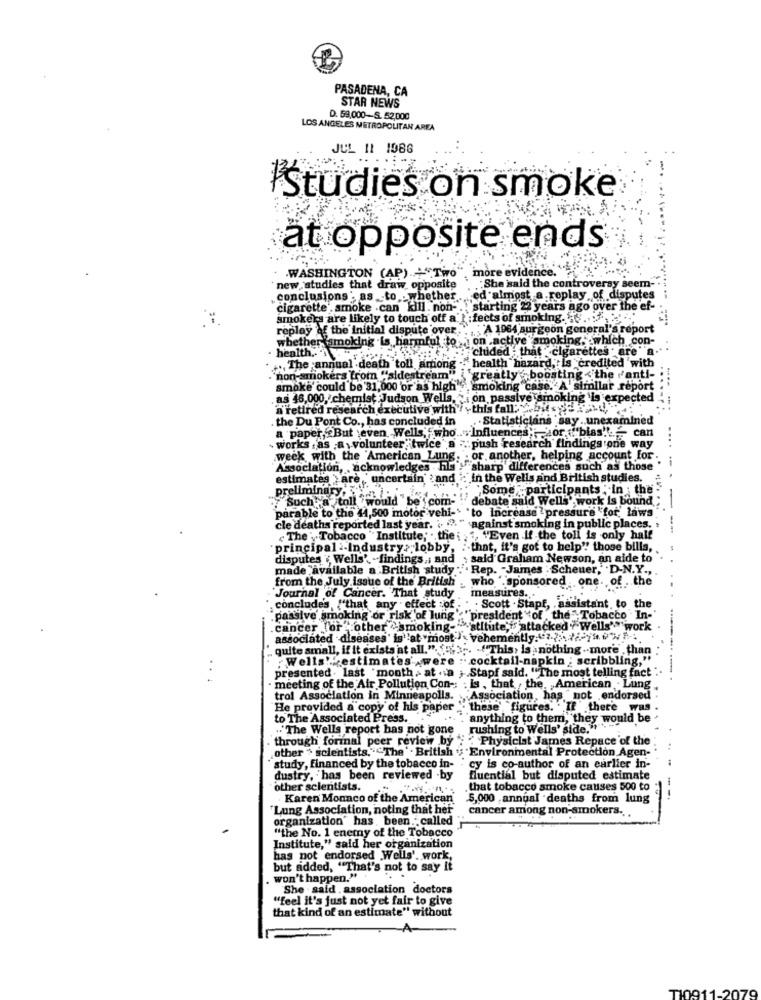
PASADENA, CA
STAR NEWS
D. 59,000-S. 52,000
LOS ANGELES METROPOLITAN AREA
JUL 11 1086
Istudies on smoke
at opposite ends
nore
WASHINGTON (AP)
new studies that draw opposite
She said the controversy seem-
conclusions : as to whether.
ed almost a replay of disputes
cigarette smoke .can kill. non- .. starting 22 years ago over the ef-
smokers are likely to touch off a
:fects of smoking.
replay of the Initial dispute over
"A 1964 surgeon general's report
whether smoking is, harmful to _on active smoking. which con-
health .. "
cluded . that cigarettes . are"
"health hazard, is credited with
The annual death toll among
. non-smokers from "sidestream""
greatly boosting < the 'anti-
smoke could be 31,000 'or as high".
smoking case. A' similar report
.as 46,000, chemist Judson Wells, : on passive smoking 'is expected
n'retired research executive with this fall ..... y
the Du Pont Co ., has concluded in
Statisticians say .. unexamined
a paper, But even. Wells, "who .. "Influences ,; sor ""bias"." can
works as ;a volunteer; twice",a
"push -research findings one way
..
.week with the American Lung.
:or. another, helping account for .
Association, acknowledges . his"!
sharp differences such as those
estimates > are uncertain and
In the Wells and British studies.
preliminary ......
Some :participants : in the
.Such a toll would be com-
debate said Wells' work is bound;
parable to the 44,500 motor vehi-> "to Increase pressure "for, laws"
-
cle deaths reported last year. . .. "
`against smoking in public places.
---.
" The ' Tobacco " Institute; . the : 1, "Even if the toll is only half
principal :- Industry> lobby,
-that, it's got to help"! those bills,
disputes ( Wells' findings ,; and
said Graham Newson, an aide to
made available a British study .. . Rep. "James : Scheuer,' D-N.Y .,
from the July issue of the British . who ".sponsored . one. of . the
Journal of Cancer. That study
measures ...
concludes, {"that any effect of.
. Scott . Stapf, assistant, to the
" passive smoking or risk of lung"" " president of the "Tobacco In-
cancer (or other ">smoking-"
"stitute; attacked + Wells' work
associated diseases' is''at "most vehemently. 7.2.7 0%
quite amall, if it exists at all.". 3 .. . ( This, is, nothing more , than
: Wells'estimates .were :. cocktail-napkin : scribbling,"
presented . last month, at .va ; . Stapf said. "The most telling fact .
...
meeting of the Air Pollution Con -: : Is , that the. American . Lung
trol Association in Minneapolis. Association, has " not endorsed
He provided a copy of his paper '. these' "figures. "If" there was
to The Associated Press.
... ""anything to them, they would be
.The Wells report has not gone
. rushing to Wells' side.""
through formal peer review by : "Physicist James Repace of the
other > scientists.""The ' . British .; Environmental Protection Agen-
"study, financed by the tobacco in-
cy is co-author of an earlier in-
dustry, has been reviewed -by
fluential but disputed estimate
other scientists.
that tobacco smoke causes 500 to
Karen Monaco of the American
.5,000 ,annual deaths from lung
'Lung Association, noting that her"
cancer among non-smokers.
organization' has been .- called
"the No. 1 enemy of the Tobacco
Institute," said her organization
has not endorsed .Wells'. work,
but added, "That's not to say it
won't happen."
She . said . association doctors
"feel it's just not yet fair to give
that kind of an estimate" without
T10911-2079